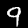
Digit: 9